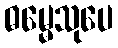
ဓမ္မေသုပေ